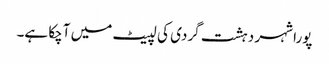
پورا شہر دہشت گردی کی لپیٹ میں آچکا ہے۔